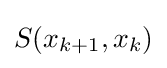
S(x_{k+1},x_{k})